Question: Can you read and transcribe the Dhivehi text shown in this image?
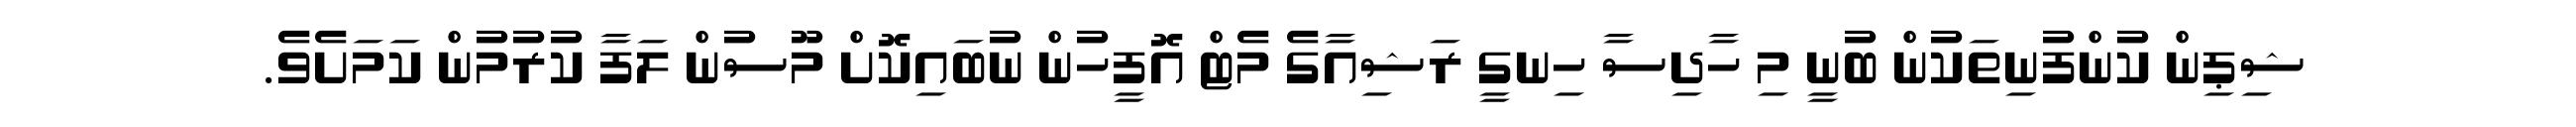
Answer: ޝިޕިން ކުންފުނިތަކުން ބުނީ މި ހާދިސާ ހިނގީ ރަޝިއާގެ މެޓް އޮފީހުން ނުބައިކޮށް މޫސުން ލަފާ ކުރުމުން ކަމަށެވެ.